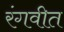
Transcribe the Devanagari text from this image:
रंगवीत